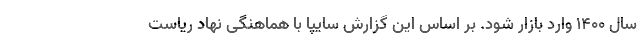
سال ۱۴۰۰ وارد بازار شود. بر اساس این گزارش سایپا با هماهنگی نهاد ریاست